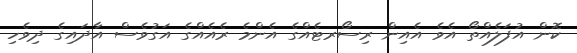
ކޮން އުފަލެއްތޯ އެވެ އެއިން ރިސޯރޓެއްގެ އެންމެ ރެއެއްގެ އަގުވެސް އާދައިގެ ދިވެހި